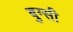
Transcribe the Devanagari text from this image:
बुग्‍सी